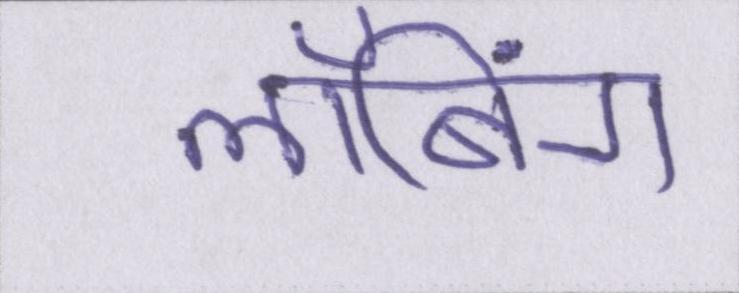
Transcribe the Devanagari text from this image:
लॉबिंग